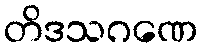
တိဒသဂဏေ